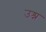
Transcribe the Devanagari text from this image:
उश्न